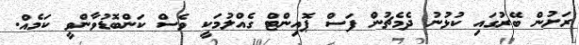
ރަށުން ބޭރުގައި ކުޅުނު ދެމެޗުން ފަސް ޕޮއިންޓް ގެއްލުމަކީ ވެސް ކަންބޮޑުވާންވީ ކަމެއް.